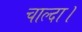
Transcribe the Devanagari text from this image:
चाल्दा।